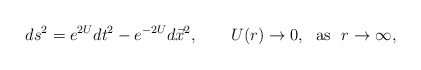
\begin{align*}ds^2=e^{2U}dt^2 - e^{-2U}d\vec{x}^2, \ \ \ \ \ \ U(r)\to 0, \ \ {\rm as}\ \ r\to\infty, \end{align*}